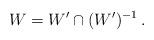
LaTeX: \begin{align*}W= W' \cap (W')^{-1} \,.\end{align*}